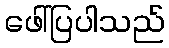
ဖေါ်ပြပါသည်